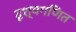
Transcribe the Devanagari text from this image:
दृश्यगणित